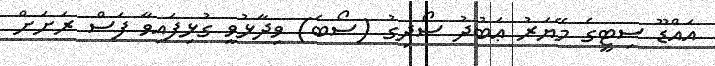
އައްޑޫ ސިޓީގެ މޭޔަރު ޢަބުދު ސޯދިގު (ސޯބެ) ވިދާޅުވީ ގުޅިފައިވާ ފަސް ރަށަށް